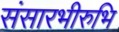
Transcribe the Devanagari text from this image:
संसारभीरुभि